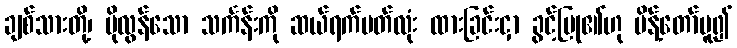
ချစ်သားတို့၊ ပိုလွန်သော သင်္ကန်းကို ဆယ်ရက်ပတ်လုံး ထားခြင်းငှာ ခွင့်ပြု၏ဟု မိန့်တော်မူ၍